Report of the Indian Hemp Drugs Commission, 1894-1895 - Volume III
Year: 1894
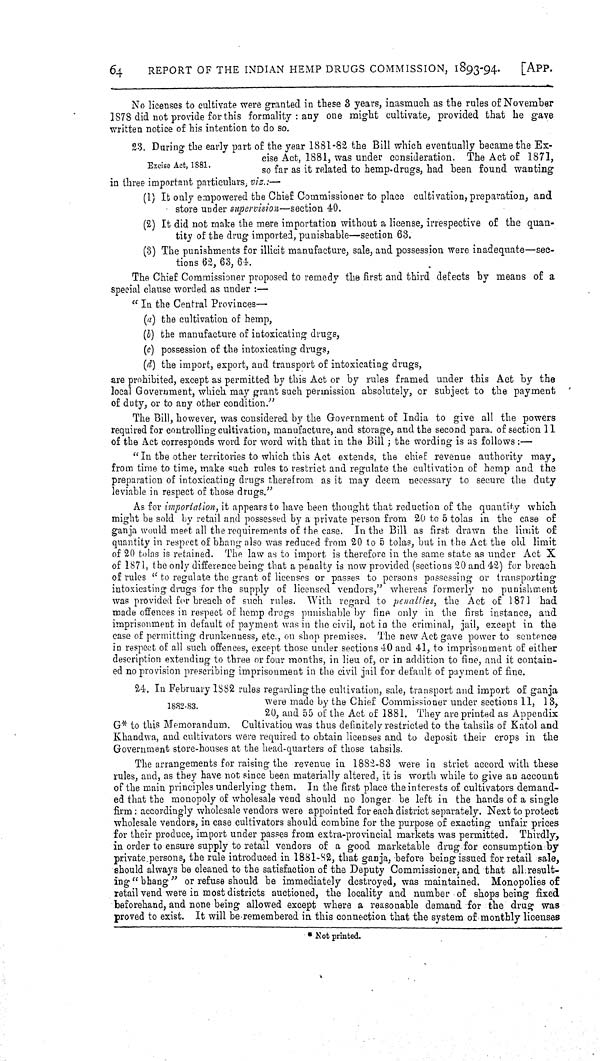
64
REPORT OF THE INDIAN HEMP DRUGS COMMISSION, 1893-94.
[APP.
No licenses to cultivate were granted in these 3 years, inasmuch as the rules of November
1878 did not provide for this formality: any one might cultivate, provided that he gave
written notice of his intention to do so.
Excise Act, 1881.
23. During the early part of the year 1881-82 the Bill which eventually became the Ex-
cise Act, 1881, was under consideration. The Act of 1871,
so far as it related to hemp-drugs, had been found wanting
in three important particulars, viz.:—
(1) It only empowered the Chief Commissioner to place cultivation, preparation, and
store under supervision—section 40.
(2) It did not make the mere importation without a license, irrespective of the quan-
tity of the drug imported, punishable—section 63.
(3) The punishments for illicit manufacture, sale, and possession were inadequate—sec-
tions 62, 63, 64.
The Chief Commissioner proposed to remedy the first and third defects by means of a
special clause worded as under:—
"In the Central Provinces—
(a) the cultivation of hemp,
(b) the manufacture of intoxicating drugs,
(c) possession of the intoxicating drugs,
(d) the import, export, and transport of intoxicating drugs,
are prohibited, except as permitted by this Act or by rules framed under this Act by the
local Government, which may grant such permission absolutely, or subject to the payment
of duty, or to any other condition."
The Bill, however, was considered by the Government of India to give all the powers
required for controlling cultivation, manufacture, and storage, and the second para. of section 11
of the Act corresponds word for word with that in the Bill; the wording is as follows:—
"In the other territories to which this Act extends, the chief revenue authority may,
from time to time, make such rules to restrict and regulate the cultivation of hemp and the
preparation of intoxicating drugs therefrom as it may deem necessary to secure the duty
leviable in respect of those drugs."
As for importation, it appears to have been thought that reduction of the quantity which
might be sold by retail and possessed by a private person from 20 to 5 tolas in the case of
ganja would meet all the requirements of the case. In the Bill as first drawn the limit of
quantity in respect of bhang also was reduced from 20 to 5 tolas, but in the Act the old limit
of 20 tolas is retained. The law as to import is therefore in the same state as under Act X
of 1871, the only difference being that a penalty is now provided (sections 20 and 42) for breach
of rules "to regulate the grant of licenses or passes to persons possessing or transporting
intoxicating drugs for the supply of licensed vendors," whereas formerly no punishment
was provided for breach of such rules. With regard to penalties, the Act of 1871 had
made offences in respect of hemp drugs punishable by fine only in the first instance, and
imprisonment in default of payment was in the civil, not in the criminal, jail, except in the
case of permitting drunkenness, etc., on shop premises. The new Act gave power to sentence
in respect of all such offences, except those under sections 40 and 41, to imprisonment of either
description extending to three or four months, in lieu of, or in addition to fine, and it contain-
ed no provision prescribing imprisonment in the civil jail for default of payment of fine.
1882-83.
24. In February 1882 rules regarding the cultivation, sale, transport and import of ganja
were made by the Chief Commissioner under sections 11, 13,
20, and 55 of the Act of 1881. They are printed as Appendix
G* to this Memorandum. Cultivation was thus definitely restricted to the tahsils of Katol and
Khandwa, and cultivators were required to obtain licenses and to deposit their crops in the
Government store-houses at the head-quarters of those tahsils.
The arrangements for raising the revenue in 1882-83 were in strict accord with these
rules, and, as they have not since been materially altered, it is worth while to give an account
of the main principles underlying them. In the first place the interests of cultivators demand-
ed that the monopoly of wholesale vend should no longer be left in the hands of a single
firm: accordingly wholesale vendors were appointed for each district separately. Next to protect
wholesale vendors, in case cultivators should combine for the purpose of exacting unfair prices
for their produce, import under passes from extra-provincial markets was permitted. Thirdly,
in order to ensure supply to retail vendors of a good marketable drug for consumption by
private persons, the rule introduced in 1881-82, that ganja, before being issued for retail sale,
should always be cleaned to the satisfaction of the Deputy Commissioner, and that all result-
ing "bhang" or refuse should be immediately destroyed, was maintained. Monopolies of
retail vend were in most districts auctioned, the locality and number of shops being fixed
beforehand, and none being allowed except where a reasonable demand for the drug was
proved to exist. It will be remembered in this connection that the system of monthly licenses
*Not printed.